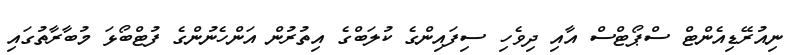
ނިއުރޭޑިއެންޓް ސްޕޯޓްސް އާއި ދިވެހި ސިފައިންގެ ކުލަބްގެ އިތުރުން އަންހެނުންގެ ފުޓްބޯޅަ މުބާރާތުގައި